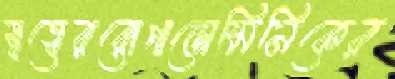
স্বত্বেররোপাডোমিনিকের